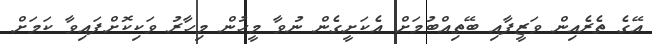
އޭގެ ތެރެއިން ވަޒީފާއި ބޭތިއްބުމަށް އެކަށީގެން ނުވާ މީހުން މިހާރު ވަކިކޮށްފައިވާ ކަމަށް